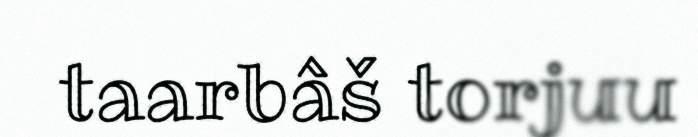
taarbâš torjuu